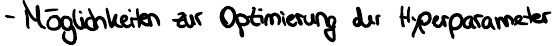
- Möglichkeiten zur Optimierung der Hyperparameter